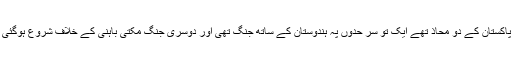
افواج پاکستان کے دو محاذ تھے ایک تو سر حدوں پہ ہندوستان کے ساتھ جنگ تھی اور دوسری جنگ مکتی باہنی کے خلاف شروع ہوگئی تھی ۔